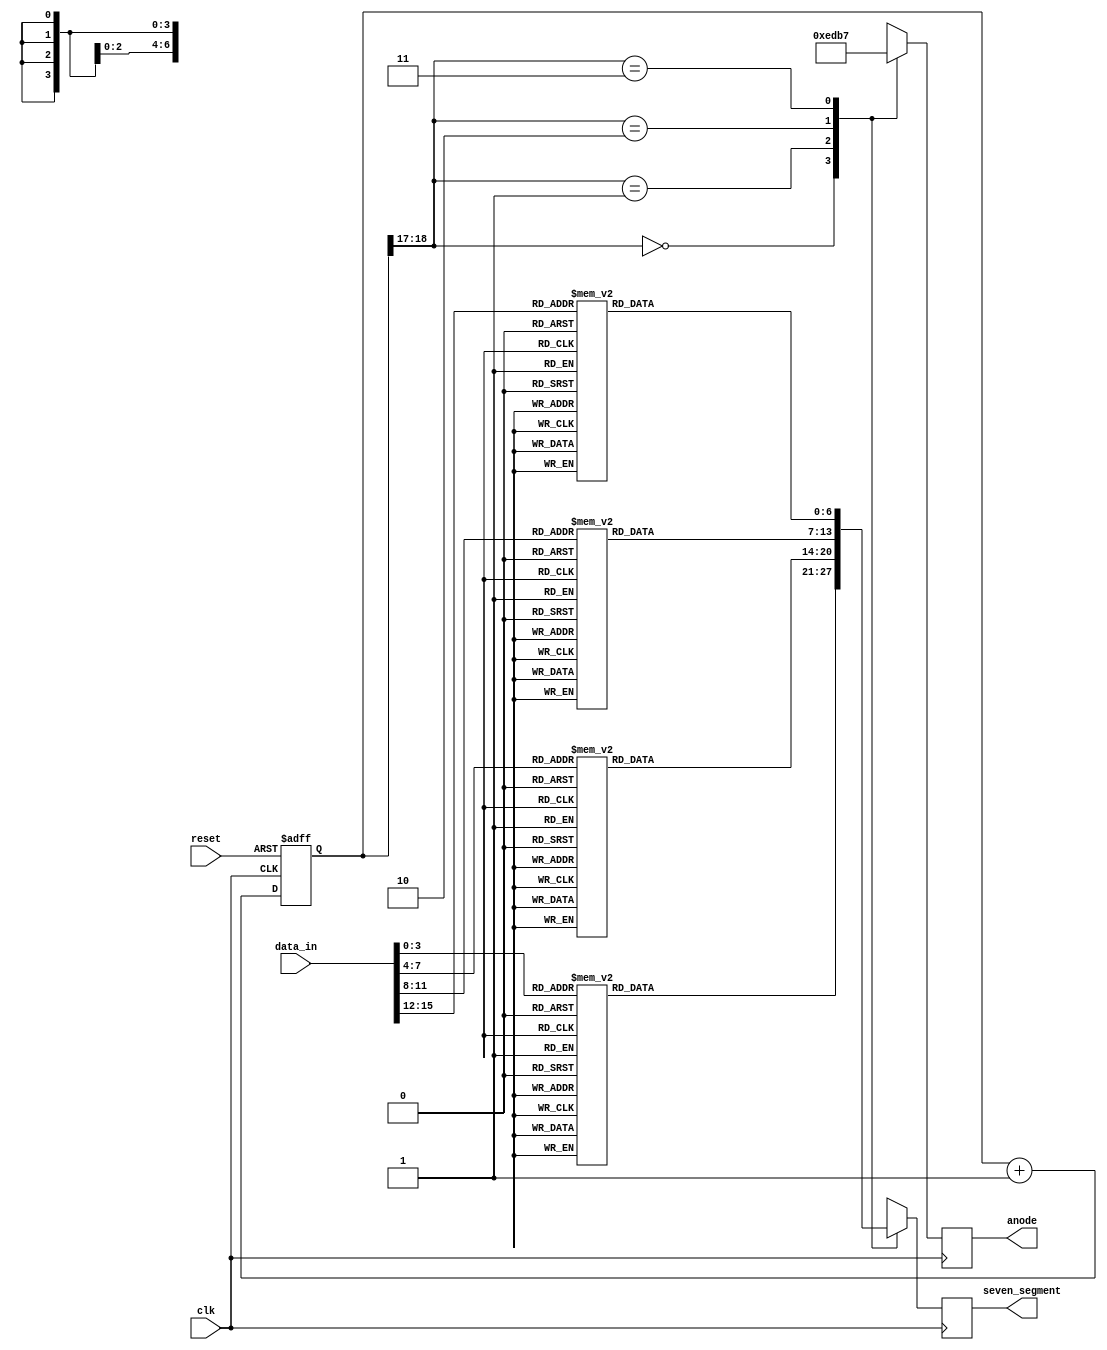
`timescale 1ns / 1ps
//////////////////////////////////////////////////////////////////////////////////
// Company: 
// Engineer: 
// 
// Design Name: 
// Module Name:    seven_segment 
// Project Name: 
// Target Devices: 
// Tool versions: 
// Description: 
//
// Dependencies: 
//
// Revision: 
// Revision 0.01 - File Created
// Additional Comments: 
//
//////////////////////////////////////////////////////////////////////////////////
module SevenSegmentDisplay(
    input wire clk,
    input wire reset,
    input wire [15:0] data_in,
    output reg [6:0] seven_segment,
    output reg [3:0] anode
);
parameter zero = 7'b0000001, one = 7'b1001111, two = 7'b0010010,
          three = 7'b0000110, four = 7'b1001100, five = 7'b0100100,
          six = 7'b0100000, seven = 7'b0001111, eight = 7'b0000000,
          nine = 7'b0000100, A = 7'b0001000, B = 7'b1100000,
          C = 7'b0110001, D = 7'b1000010, E = 7'b0110000, F = 7'b0111000;
			 
parameter N = 19;
reg [N-1:0] q_reg = 0; // Time multiplexing counter

always @(posedge clk or posedge reset) begin
    if (reset)
        q_reg <= 0;
    else 
        q_reg <= q_reg + 1;
end

always @(posedge clk) begin
    case(q_reg[N-1:N-2])
        2'b00: begin
            seven_segment = decode(data_in[3:0]);
            anode = 4'b1110;
        end
        2'b01: begin
            seven_segment = decode(data_in[7:4]);
            anode = 4'b1101;
        end
        2'b10: begin
            seven_segment = decode(data_in[11:8]);
            anode = 4'b1011;
        end
        2'b11: begin
            seven_segment = decode(data_in[15:12]);
            anode = 4'b0111;
        end
    endcase
end

function [6:0] decode(input [3:0] nibble);
    case (nibble)
        4'h0: decode = zero;
        4'h1: decode = one;
        4'h2: decode = two;
        4'h3: decode = three;
        4'h4: decode = four;
        4'h5: decode = five;
        4'h6: decode = six;
        4'h7: decode = seven;
        4'h8: decode = eight;
        4'h9: decode = nine;
        4'hA: decode = A;
        4'hB: decode = B;
        4'hC: decode = C;
        4'hD: decode = D;
        4'hE: decode = E;
        4'hF: decode = F;
        default: decode = 7'b1111111; // Off state for undefined values
    endcase
endfunction

endmodule